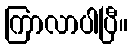
ကြာလာပါပြီ။